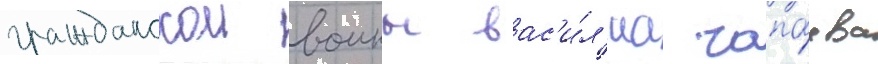
гражданскои воины вас'и́л'иа чапа́ева